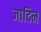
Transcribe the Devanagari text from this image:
जादिन